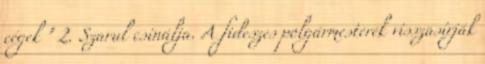
cégek " 2. Szarul csinálja. A fideszes polgármesterek visszasírják